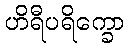
ဟိရီပရိက္ခော